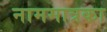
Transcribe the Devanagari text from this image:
नाममात्रका